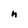
Character: h